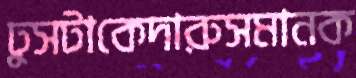
ঢুসটাকেদারুসমানক